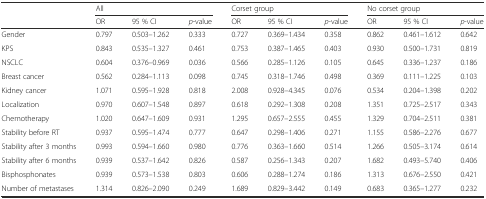
<table><thead><tr><td></td><td colspan="3"><b>All</b></td><td colspan="3"><b>Corset group</b></td><td colspan="3"><b>No corset group</b></td></tr><tr><td></td><td><b>OR</b></td><td><b>95 % CI</b></td><td><b><i>p</i>-value</b></td><td><b>OR</b></td><td><b>95 % CI</b></td><td><b><i>p</i>-value</b></td><td><b>OR</b></td><td><b>95 % CI</b></td><td><b><i>p</i>-value</b></td></tr></thead><tbody><tr><td>Gender</td><td>0.797</td><td>0.503–1.262</td><td>0.333</td><td>0.727</td><td>0.369–1.434</td><td>0.358</td><td>0.862</td><td>0.461–1.612</td><td>0.642</td></tr><tr><td>KPS</td><td>0.843</td><td>0.535–1.327</td><td>0.461</td><td>0.753</td><td>0.387–1.465</td><td>0.403</td><td>0.930</td><td>0.500–1.731</td><td>0.819</td></tr><tr><td>NSCLC</td><td>0.604</td><td>0.376–0.969</td><td>0.036</td><td>0.566</td><td>0.285–1.126</td><td>0.105</td><td>0.645</td><td>0.336–1.237</td><td>0.186</td></tr><tr><td>Breast cancer</td><td>0.562</td><td>0.284–1.113</td><td>0.098</td><td>0.745</td><td>0.318–1.746</td><td>0.498</td><td>0.369</td><td>0.111–1.225</td><td>0.103</td></tr><tr><td>Kidney cancer</td><td>1.071</td><td>0.595–1.928</td><td>0.818</td><td>2.008</td><td>0.928–4.345</td><td>0.076</td><td>0.534</td><td>0.204–1.398</td><td>0.202</td></tr><tr><td>Localization</td><td>0.970</td><td>0.607–1.548</td><td>0.897</td><td>0.618</td><td>0.292–1.308</td><td>0.208</td><td>1.351</td><td>0.725–2.517</td><td>0.343</td></tr><tr><td>Chemotherapy</td><td>1.020</td><td>0.647–1.609</td><td>0.931</td><td>1.295</td><td>0.657–2.555</td><td>0.455</td><td>1.329</td><td>0.704–2.511</td><td>0.381</td></tr><tr><td>Stability before RT</td><td>0.937</td><td>0.595–1.474</td><td>0.777</td><td>0.647</td><td>0.298–1.406</td><td>0.271</td><td>1.155</td><td>0.586–2.276</td><td>0.677</td></tr><tr><td>Stability after 3 months</td><td>0.993</td><td>0.594–1.660</td><td>0.980</td><td>0.776</td><td>0.363–1.660</td><td>0.514</td><td>1.266</td><td>0.505–3.174</td><td>0.614</td></tr><tr><td>Stability after 6 months</td><td>0.939</td><td>0.537–1.642</td><td>0.826</td><td>0.587</td><td>0.256–1.343</td><td>0.207</td><td>1.682</td><td>0.493–5.740</td><td>0.406</td></tr><tr><td>Bisphosphonates</td><td>0.939</td><td>0.573–1.538</td><td>0.803</td><td>0.606</td><td>0.288–1.274</td><td>0.186</td><td>1.313</td><td>0.676–2.550</td><td>0.421</td></tr><tr><td>Number of metastases</td><td>1.314</td><td>0.826–2.090</td><td>0.249</td><td>1.689</td><td>0.829–3.442</td><td>0.149</td><td>0.683</td><td>0.365–1.277</td><td>0.232</td></tr></tbody></table>